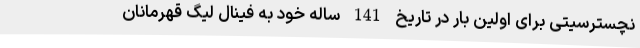
نچسترسیتی برای اولین بار در تاریخ 141 ساله خود به فینال لیگ قهرمانان